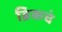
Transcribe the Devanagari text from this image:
ब्रिकचं